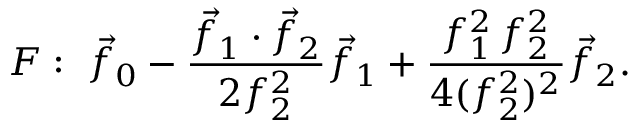
F : \ { \vec { f } } _ { 0 } - { \frac { { \vec { f } } _ { 1 } \cdot { \vec { f } } _ { 2 } } { 2 f _ { 2 } ^ { 2 } } } { \vec { f } } _ { 1 } + { \frac { f _ { 1 } ^ { 2 } \, f _ { 2 } ^ { 2 } } { 4 ( f _ { 2 } ^ { 2 } ) ^ { 2 } } } { \vec { f } } _ { 2 } .